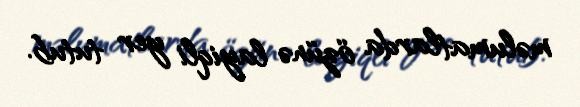
məlumatlarda özünə layiqli yer tutub.